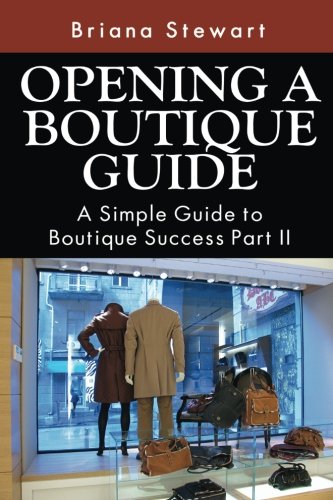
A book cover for Opening a Boutique Guide: A Simple Guide to Boutique Success Part II (How to Open a Boutique: The Simple Guide to Boutique Success Volume 2); Briana Stewart; Business & Money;